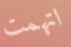
اتهمت